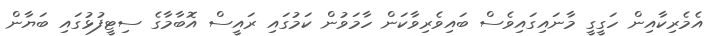
އެމެރިކާއިން ހަގީގީ މާނައިގައިވެސް ބައިވެރިވާކަން ހާމަވުން ކަމުގައި ރައީސް އޮބާމާގެ ސިޓީފުޅުގައި ބަޔާން